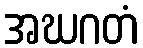
အဃဂတံ